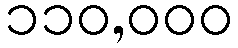
၁၁၀,၀၀၀